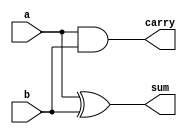

module half_adder_dataflow_module (a, b, sum, carry);
	input a, b;
	output sum, carry;
	
	assign sum = (a ^ b);
	assign carry = (a && b);
endmodule